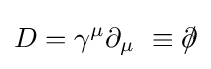
D=\gamma ^{\mu }\partial _{\mu }\ \equiv \partial \!\!\!/